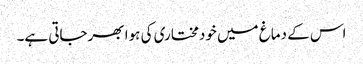
اس کے دماغ میں خودمختاری کی ہوا بھرجاتی ہے۔